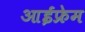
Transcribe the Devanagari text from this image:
आईफ्रेम